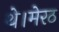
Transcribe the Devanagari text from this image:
थे।मेरठ